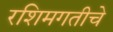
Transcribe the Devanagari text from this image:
रशिमगतीचे